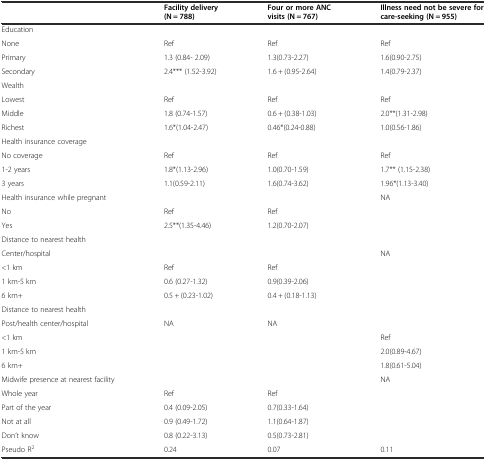
<table><thead><tr><td></td><td><b>Facility delivery (N = 788)</b></td><td><b>Four or more ANC visits (N = 767)</b></td><td><b>Illness need not be severe for care-seeking (N = 955)</b></td></tr></thead><tbody><tr><td>Education</td><td></td><td></td><td></td></tr><tr><td>None</td><td>Ref</td><td>Ref</td><td>Ref</td></tr><tr><td>Primary</td><td>1.3 (0.84- 2.09)</td><td>1.3(0.73-2.27)</td><td>1.6(0.90-2.75)</td></tr><tr><td>Secondary</td><td>2.4*** (1.52-3.92)</td><td>1.6 + (0.95-2.64)</td><td>1.4(0.79-2.37)</td></tr><tr><td>Wealth</td><td></td><td></td><td></td></tr><tr><td>Lowest</td><td>Ref</td><td>Ref</td><td>Ref</td></tr><tr><td>Middle</td><td>1.8 (0.74-1.57)</td><td>0.6 + (0.38-1.03)</td><td>2.0**(1.31-2.98)</td></tr><tr><td>Richest</td><td>1.6*(1.04-2.47)</td><td>0.46*(0.24-0.88)</td><td>1.0(0.56-1.86)</td></tr><tr><td>Health insurance coverage</td><td></td><td></td><td></td></tr><tr><td>No coverage</td><td>Ref</td><td>Ref</td><td>Ref</td></tr><tr><td>1-2 years</td><td>1.8*(1.13-2.96)</td><td>1.0(0.70-1.59)</td><td>1.7** (1.15-2.38)</td></tr><tr><td>3 years</td><td>1.1(0.59-2.11)</td><td>1.6(0.74-3.62)</td><td>1.96*(1.13-3.40)</td></tr><tr><td>Health insurance while pregnant</td><td></td><td></td><td>NA</td></tr><tr><td>No</td><td>Ref</td><td>Ref</td><td></td></tr><tr><td>Yes</td><td>2.5**(1.35-4.46)</td><td>1.2(0.70-2.07)</td><td></td></tr><tr><td>Distance to nearest health</td><td></td><td></td><td></td></tr><tr><td>Center/hospital</td><td></td><td></td><td>NA</td></tr><tr><td>&lt;1 km</td><td>Ref</td><td>Ref</td><td></td></tr><tr><td>1 km-5 km</td><td>0.6 (0.27-1.32)</td><td>0.9(0.39-2.06)</td><td></td></tr><tr><td>6 km+</td><td>0.5 + (0.23-1.02)</td><td>0.4 + (0.18-1.13)</td><td></td></tr><tr><td>Distance to nearest health</td><td></td><td></td><td></td></tr><tr><td>Post/health center/hospital</td><td>NA</td><td>NA</td><td></td></tr><tr><td>&lt;1 km</td><td></td><td></td><td>Ref</td></tr><tr><td>1 km-5 km</td><td></td><td></td><td>2.0(0.89-4.67)</td></tr><tr><td>6 km+</td><td></td><td></td><td>1.8(0.61-5.04)</td></tr><tr><td>Midwife presence at nearest facility</td><td></td><td></td><td>NA</td></tr><tr><td>Whole year</td><td>Ref</td><td>Ref</td><td></td></tr><tr><td>Part of the year</td><td>0.4 (0.09-2.05)</td><td>0.7(0.33-1.64)</td><td></td></tr><tr><td>Not at all</td><td>0.9 (0.49-1.72)</td><td>1.1(0.64-1.87)</td><td></td></tr><tr><td>Don’t know</td><td>0.8 (0.22-3.13)</td><td>0.5(0.73-2.81)</td><td></td></tr><tr><td>Pseudo R<sup>2</sup></td><td>0.24</td><td>0.07</td><td>0.11</td></tr></tbody></table>